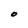
Character: O